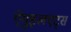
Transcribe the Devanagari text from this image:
ऐगुइलएट्स